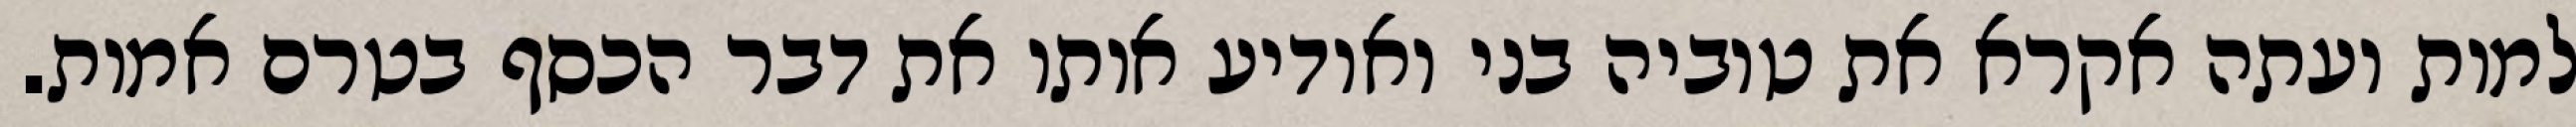
למות ועתה אקרא את טוביה בני ואודיע אותו את דבר הכסף בטרם אמות.